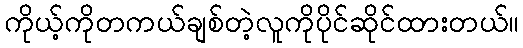
ကိုယ့်ကိုတကယ်ချစ်တဲ့လူကိုပိုင်ဆိုင်ထားတယ်။